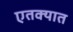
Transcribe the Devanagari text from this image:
एतक्यात